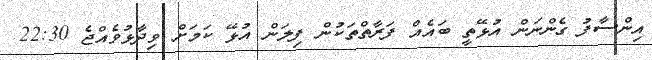
އިންސާފު ގެންނަން އުޅޭތީ ބައެއް ފަރާތްްތަކުން ފިލަން އުޅޭ ކަމަށް ވިދާޅުވެއްޖެ 22:30